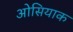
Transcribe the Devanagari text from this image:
ओसियाक